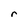
Character: r